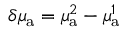
\delta \mu _ { { \mathrm a } } = \mu _ { { \mathrm a } } ^ { 2 } - \mu _ { { \mathrm a } } ^ { 1 }